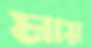
মায়